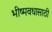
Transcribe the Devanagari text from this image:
भीष्मवधासाठी